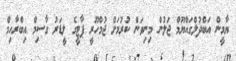
ޔާމީން އަބްދުލްގައްޔޫމް ޖަލުން މިނިވަން ކުރުމަށް ޖުމްހޫރީ ޕާޓީގެ ލީޑަރު ގާސިމް އިބްރާހިމް